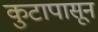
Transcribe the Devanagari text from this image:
कुटापासून